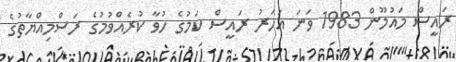
ރައީސް މައުމޫން 1983 ވަނަ އަހަރު ރައީސް ކަމުގެ ހުވާ ކުރެއްވުމުގެ ރަސްމިއްޔާތުގެ